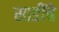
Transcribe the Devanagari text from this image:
साडींचे